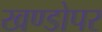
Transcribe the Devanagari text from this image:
खण्डोपर